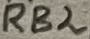
Text: RB2